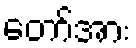
တော်အား